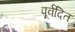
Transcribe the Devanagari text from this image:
पूर्वदित